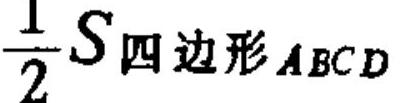
\(\frac{1}{2}S_{四边形ABCD}\)